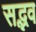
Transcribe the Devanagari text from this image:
सद्भव